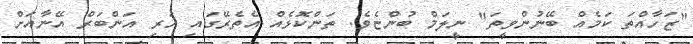
"ޒަހާއްތަ ކަމެއް ބޭނުންވީތަ" ނީލަމް ބުންޏެވެ. ތަންކޮޅެއް އެތެރޭގައި ހުރި އަންބަރް އޭނާއަށް